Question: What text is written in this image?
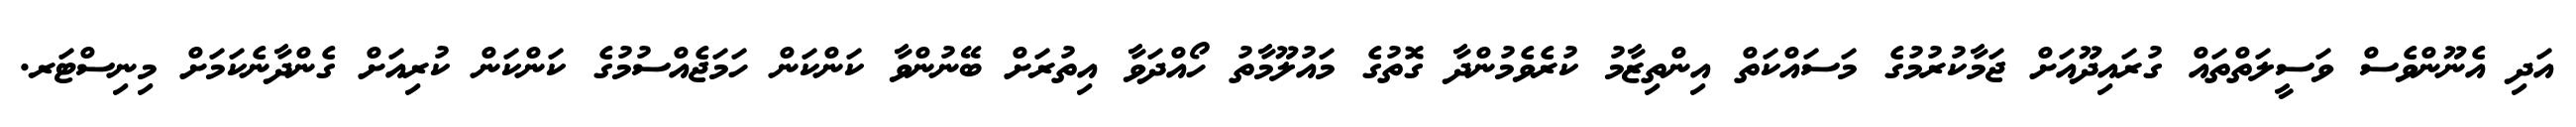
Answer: އަދި އެނޫންވެސް ވަސީލަތްތައް ގުރައިދޫއަށް ޖަމާކުރުމުގެ މަސައްކަތް އިންތިޒާމު ކުރެވެމުންދާ ގޮތުގެ މައުލޫމާތު ހޯއްދަވާ އިތުރަށް ބޭނުންވާ ކަންކަން ހަމަޖެއްސުމުގެ ކަންކަން ކުރިއަށް ގެންދާނެކަމަށް މިނިސްޓަރ.